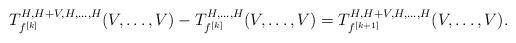
LaTeX: \begin{align*}T^{H,H+V,H,\ldots,H}_{f^{[k]}}(V,\ldots,V)-T^{H,\ldots,H}_{f^{[k]}}(V,\ldots,V)=T^{H,H+V,H,\ldots,H}_{f^{[k+1]}}(V,\ldots,V).\end{align*}